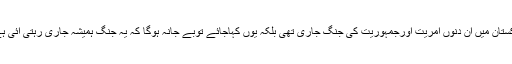
پاکستان میں اُن دنوں آمریت اورجمہوریت کی جنگ جاری تھی بلکہ یوں کہاجائے توبے جانہ ہوگا کہ یہ جنگ ہمیشہ جاری رہتی آئی ہے۔